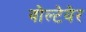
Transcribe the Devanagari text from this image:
वोल्टेयेर